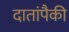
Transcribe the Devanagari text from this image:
दातांपैकी